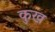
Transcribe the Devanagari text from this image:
कुख